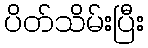
ပိတ်သိမ်းပြီး